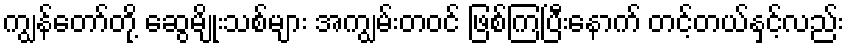
ကျွန်တော်တို့ ဆွေမျိုးသစ်များ အကျွမ်းတဝင် ဖြစ်ကြပြီးနောက် တင့်တယ်နှင့်လည်း